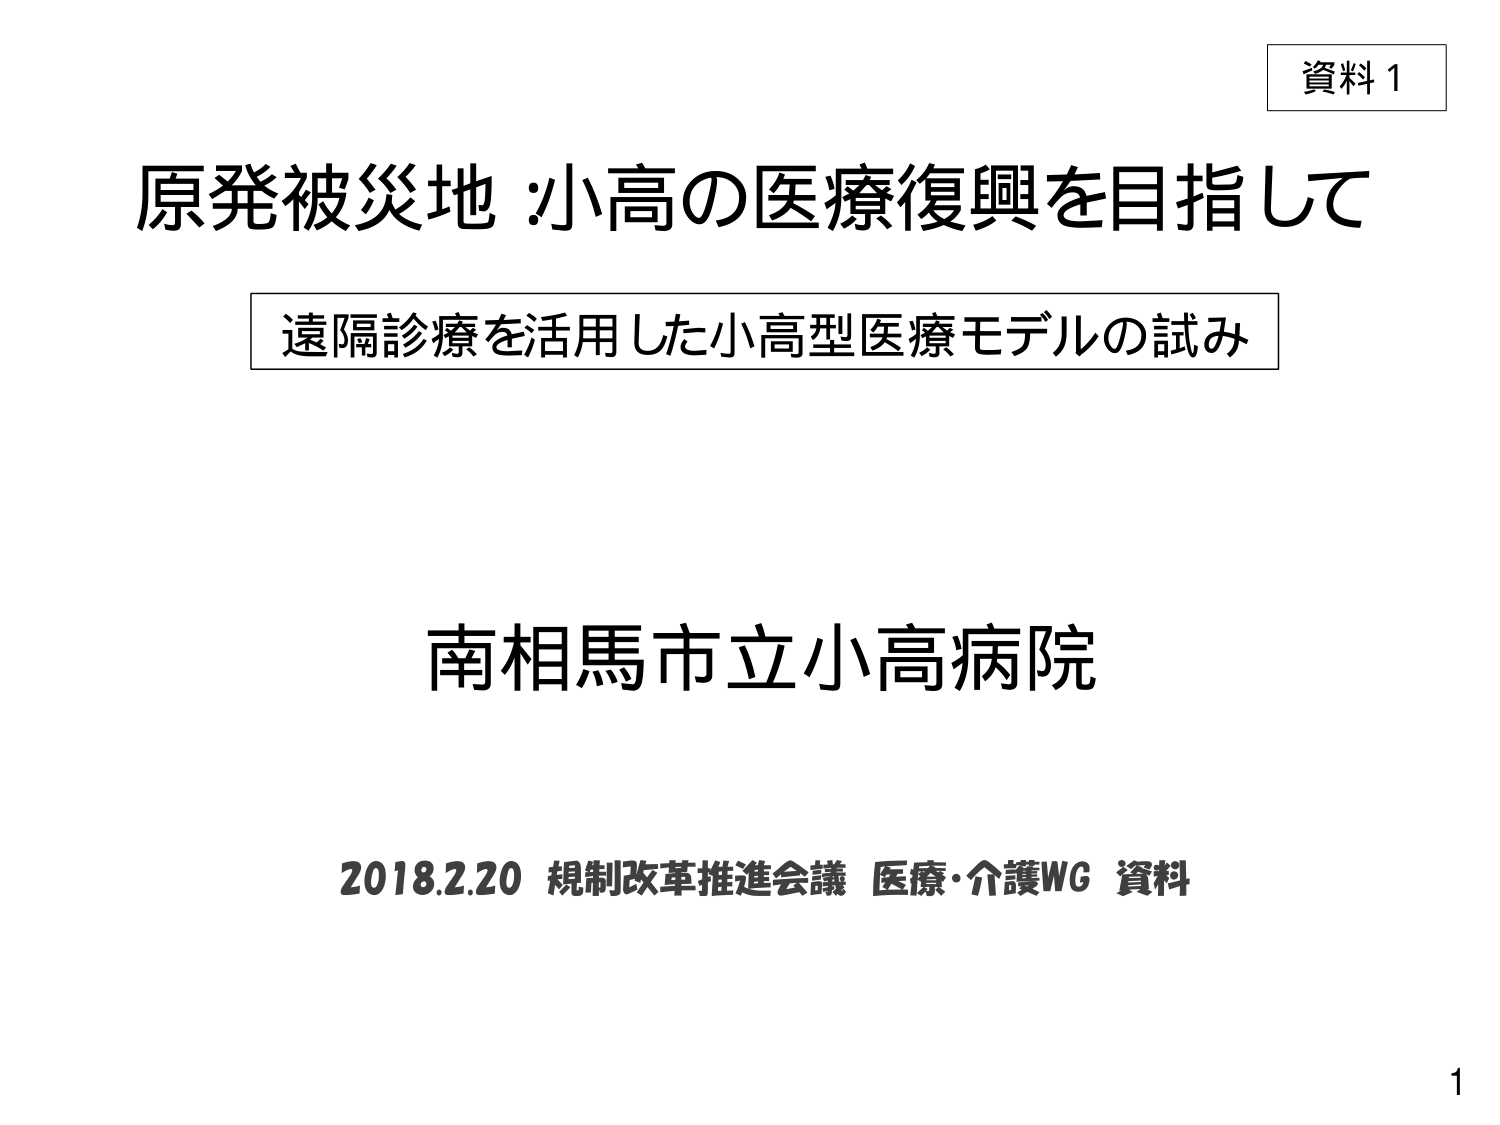
資料1
原発被災地：小高の医療復興を目指して
遠隔診療を活用した小高型医療モデルの試み
南相馬市立小高病院
2018.2.20 規制改革推進会議 医療・介護WG 資料
1